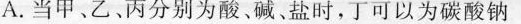
A.当甲、乙、丙分别为酸、碱、盐时，可以为碳酸钠